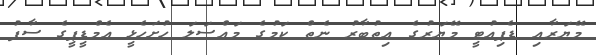
މޭޔަރާއި ޑެޕިއުޓީ މޭޔަރުގެ އިތުބާރު ނެތް ކަމުގެ މައްސަލަ ހުށަހެޅީ އެމްޑީޕީގެ ސާފު